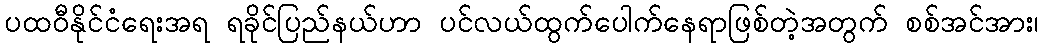
ပထဝီနိုင်ငံရေးအရ ရခိုင်ပြည်နယ်ဟာ ပင်လယ်ထွက်ပေါက်နေရာဖြစ်တဲ့အတွက် စစ်အင်အား၊